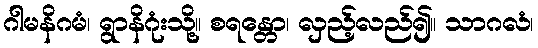
ဂါမနိဂမံ၊ ရွာနိဂုံးသို့။ စရန္တော၊ လှည့်လည်၍။ သာဂလံ၊